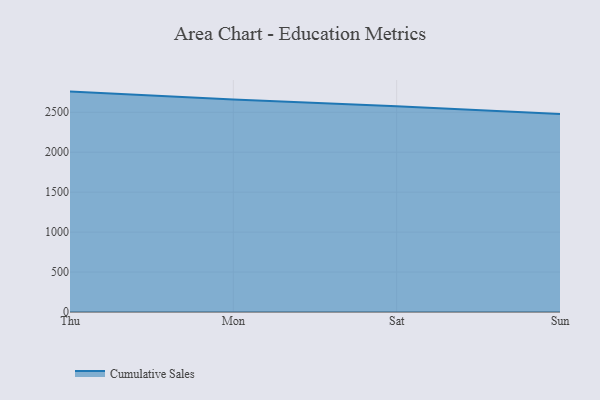
{"axis": {"x": "Day", "y": "Page Views"}, "legend": ["Cumulative Sales"], "data": [{"x": "Thu", "y": 2758.8, "type": "Cumulative Sales"}, {"x": "Mon", "y": 2660.0, "type": "Cumulative Sales"}, {"x": "Sat", "y": 2576.2, "type": "Cumulative Sales"}, {"x": "Sun", "y": 2479.7, "type": "Cumulative Sales"}]}